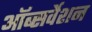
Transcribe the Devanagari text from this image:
ऑब्सर्वेशन